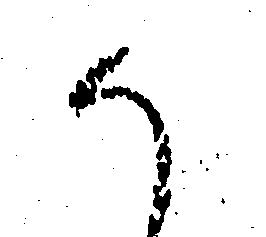
か